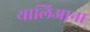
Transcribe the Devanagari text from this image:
थालिआना